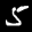
Label: 5